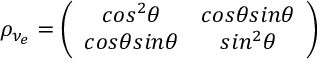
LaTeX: \rho _ { \nu _ { e } } = \left( \begin{array} { c c } { { c o s ^ { 2 } \theta } } & { { c o s \theta s i n \theta } } \\ { { c o s \theta s i n \theta } } & { { s i n ^ { 2 } \theta } } \end{array} \right)